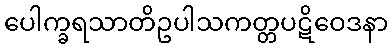
ပေါက္ခရသာတိဥပါသကတ္တပဋိဝေဒနာ